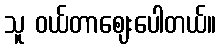
သူ ဝယ်တာဈေးပေါတယ်။